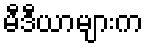
မီဒီယာများက